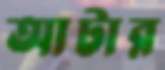
আটার